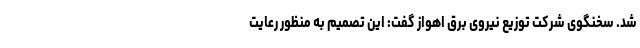
شد. سخنگوی شرکت توزیع نیروی برق اهواز گفت: این تصمیم به منظور رعایت